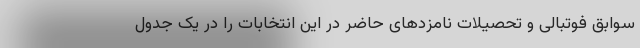
سوابق فوتبالی و تحصیلات نامزدهای حاضر در این انتخابات را در یک جدول